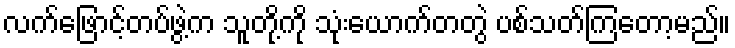
လက်ဖြောင့်တပ်ဖွဲ့က သူတို့ကို သုံးယောက်တတွဲ ပစ်သတ်ကြတော့မည်။